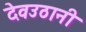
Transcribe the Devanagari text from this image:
देवउठानी